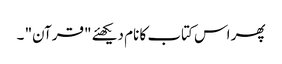
پھر اس کتاب کا نام دیکھئے "قرآن" ۔